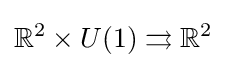
\mathbb {R} ^{2}\times U(1)\rightrightarrows \mathbb {R} ^{2}